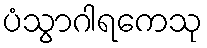
ပံသွာဂါရကေသု